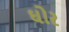
ઘોર